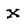
Character: X